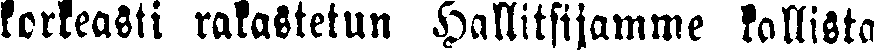
korkeasti rakastetun Hallitsijamme kallista